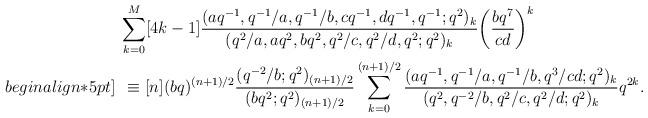
LaTeX: \begin{align*}&\sum_{k=0}^{M}[4k-1]\frac{(aq^{-1},q^{-1}/a,q^{-1}/b,cq^{-1},dq^{-1},q^{-1};q^2)_k}{(q^{2}/a,aq^2,bq^2,q^2/c,q^{2}/d,q^2;q^2)_k}\bigg(\frac{bq^7}{cd}\bigg)^k\\begin{align*}5pt]\:&\:\equiv[n](bq)^{(n+1)/2}\frac{(q^{-2}/b;q^2)_{(n+1)/2}}{(bq^2;q^2)_{(n+1)/2}}\sum_{k=0}^{(n+1)/2}\frac{(aq^{-1},q^{-1}/a,q^{-1}/b,q^3/cd;q^2)_k}{(q^2,q^{-2}/b,q^2/c,q^2/d;q^2)_k}q^{2k}.\end{align*}